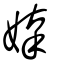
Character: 嫴